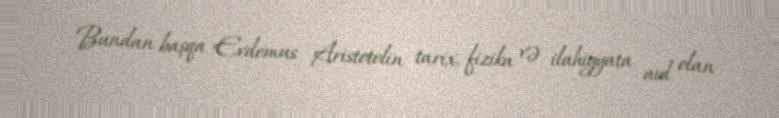
Bundan başqa Evdemus Aristotelin tarix, fizika və ilahiyyata aid olan